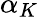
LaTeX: \alpha_{K}